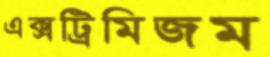
এক্সট্রিমিজম